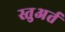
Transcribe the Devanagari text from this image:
स्तुअर्त